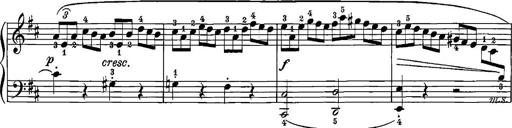
Title: 12 Sonatinas
Composer: Ignaz Pleyel